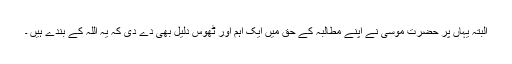
البتہ یہاں پر حضرت موسیٰؑ نے اپنے مطالبہ کے حق میں ایک اہم اور ٹھوس دلیل بھی دے دی کہ یہ اللہ کے بندے ہیں ۔